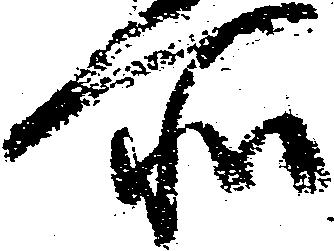
所